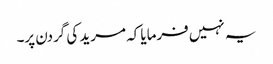
یہ نہیں فرمایا کہ مرید کی گردن پر۔